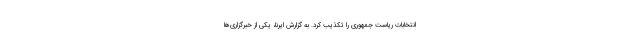
انتخابات ریاست جمهوری را تکذیب کرد. به گزارش ایرنا، یکی از خبرگزاری‌ها